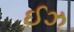
ઈઝ